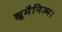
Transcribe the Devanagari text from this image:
ह्यूमैनिज्म।